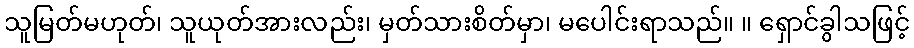
သူမြတ်မဟုတ်၊ သူယုတ်အားလည်း၊ မှတ်သားစိတ်မှာ၊ မပေါင်းရာသည်။ ။ ရှောင်ခွါသဖြင့်